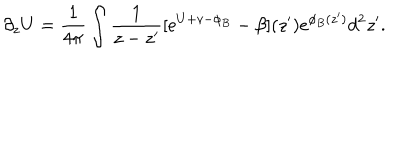
LaTeX: \partial _ { z } U = \frac { 1 } { 4 \pi } \int \frac { 1 } { z - z ^ { \prime } } [ e ^ { U + v - \phi _ { B } } - \beta ] ( z ^ { \prime } ) e ^ { \phi _ { B } ( z ^ { \prime } ) } d ^ { 2 } z ^ { \prime } .